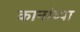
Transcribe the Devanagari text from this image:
कानांच्या